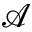
\mathcal { A }